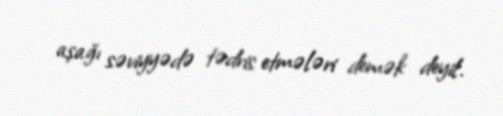
aşağı səviyyədə tədris etmələri demək deyil.